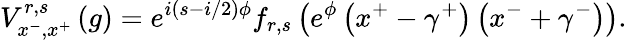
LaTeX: V_{x^{-},x^{+}}^{r,s}\left(g\right)=e^{i\left(s-i/2\right)\phi}f_{r,s}\left(e^{\phi}\left(x^{+}-\gamma^{+}\right)\left(x^{-}+\gamma^{-}\right)\right).